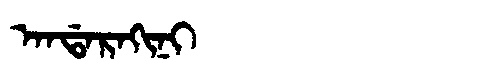
Manchu: ᠠᠨᡩᠠᡵᠠᡴᡳᠨᡳ
Romanization: ANDARAKINI